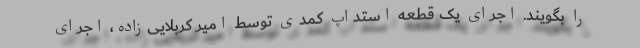
را بگویند. اجرای یک قطعه استداپ کمدی توسط امیر کربلایی‌زاده، اجرای